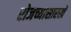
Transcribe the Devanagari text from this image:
रोजच्यासारखे